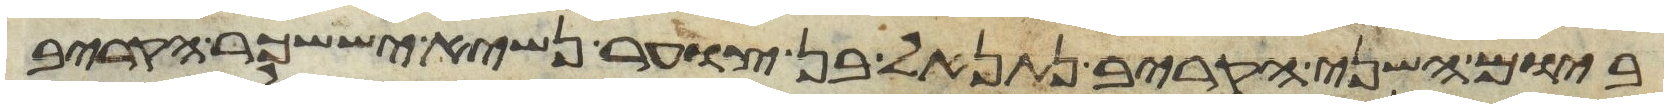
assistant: ביום השני הקריב נתנאל בן צוער נשיא יששכר הקריב